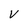
Character: V